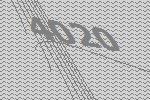
4020